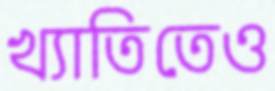
খ্যাতিতেও